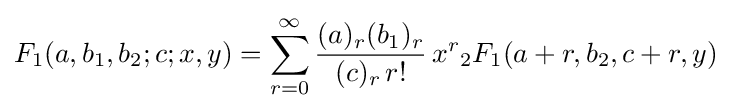
F_{1}(a,b_{1},b_{2};c;x,y)=\sum _{r=0}^{\infty }{\frac {(a)_{r}(b_{1})_{r}}{(c)_{r}\,r!}}\,x^{r}{}_{2}F_{1}(a+r,b_{2},c+r,y)~